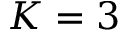
K = 3